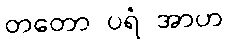
တတော ပရံ အာဟ